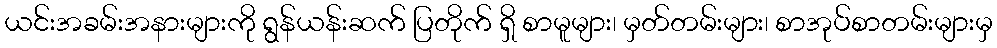
ယင်းအခမ်းအနားများကို ရွန်ယန်းဆက် ပြတိုက် ရှိ စာမူများ၊ မှတ်တမ်းများ၊ စာအုပ်စာတမ်းများမှ